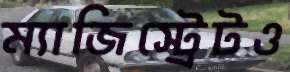
ম্যাজিস্ট্রেটও